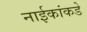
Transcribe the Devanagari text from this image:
नाईकांकडे